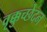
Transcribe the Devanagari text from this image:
वृक्कुच्छेदन